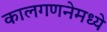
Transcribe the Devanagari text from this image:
कालगणनेमध्ये